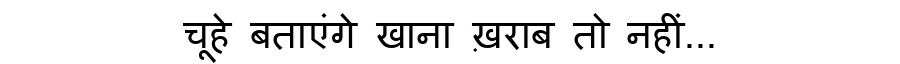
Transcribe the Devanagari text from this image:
चूहे बताएंगे खाना ख़राब तो नहीं...